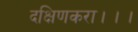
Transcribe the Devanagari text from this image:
दक्षिणकरा।।।